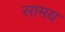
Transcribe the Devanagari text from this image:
सामय